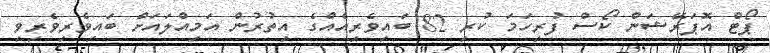
ޕޯޓް އޮޕަރޭޝަން ކޯސް ފުރިހަމަ ކުރި 82 ބައިވެރިއެއްގެ އިތުރުން އަމިއްލައަށް ބައިވެރިވެރިވި